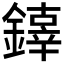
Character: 𨬟